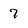
Character: 7